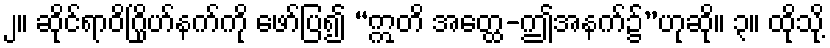
၂။ ဆိုင်ရာဝိဂြိုဟ်နက်ကို ဖော်ပြ၍ “ဣတိ အတ္ထေ-ဤအနက်၌”ဟုဆို။ ၃။ ထိုသို့